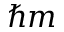
\hbar m